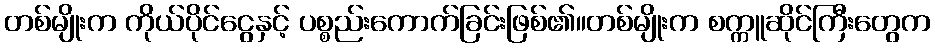
တစ်မျိုးက ကိုယ်ပိုင်ငွေနှင့် ပစ္စည်းကောက်ခြင်းဖြစ်၏။တစ်မျိုးက စက္ကူဆိုင်ကြီးတွေက